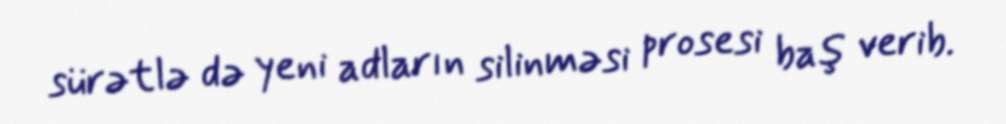
sürətlə də yeni adların silinməsi prosesi baş verib.